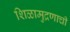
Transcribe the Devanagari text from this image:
शिळामुद्रणाची